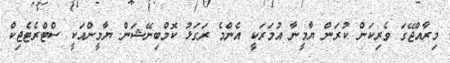
މިރާއްޖޭގަ ވެރިކަން ކުރަން ޔާމީނާ އުމަރަކީ އެންމެ ރަގަޅު ކޮމްބިނޭޝަން. ޔާމީންއަކީ ސްޓްރެޓެޖިކް